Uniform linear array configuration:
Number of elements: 16
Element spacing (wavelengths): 1
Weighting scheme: uniform
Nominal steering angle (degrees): -15
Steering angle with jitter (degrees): -16.232
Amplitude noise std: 0.05
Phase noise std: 0.05

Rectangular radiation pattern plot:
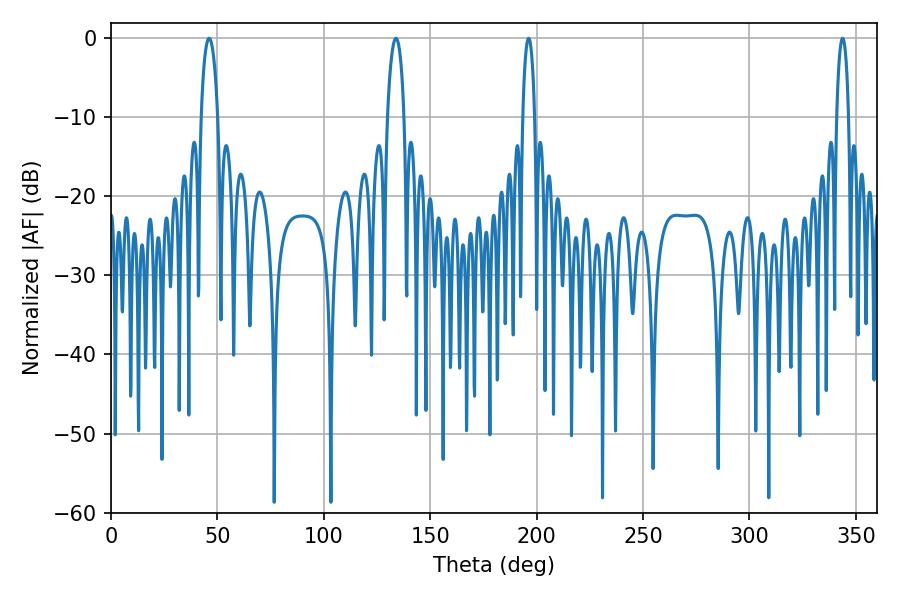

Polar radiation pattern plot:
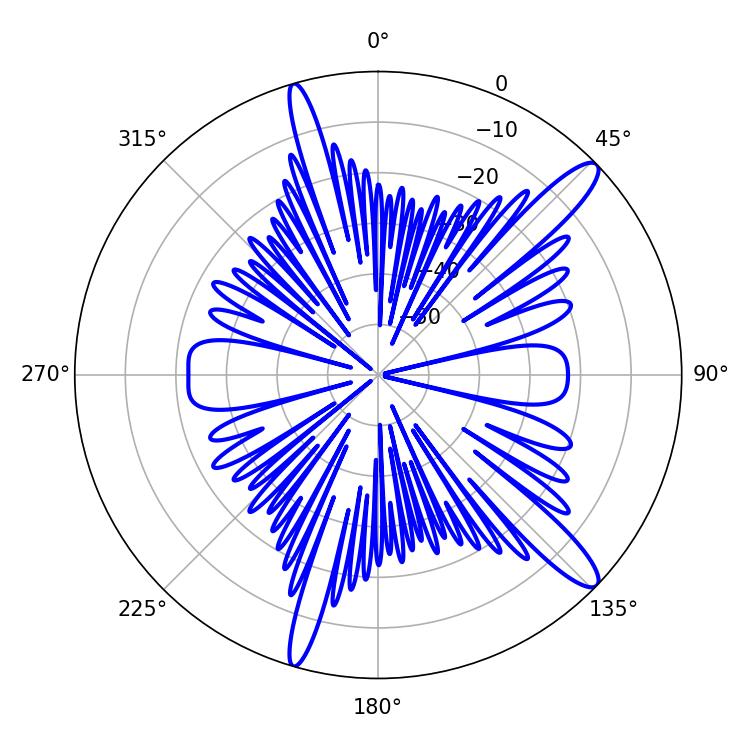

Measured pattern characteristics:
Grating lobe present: TRUE
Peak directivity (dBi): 13.381
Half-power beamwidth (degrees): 4.5
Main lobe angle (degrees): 46.08